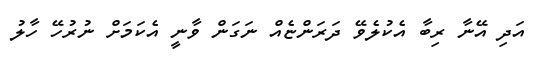
އަދި އޭނާ ރިބާ އެކުލެވޭ ދަރަންޏެއް ނަގަން ވާނީ އެކަމަށް ނުރުހޭ ހާލު